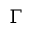
\Gamma